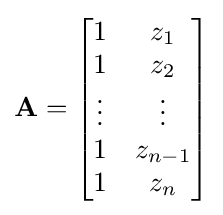
\mathbf {A} ={\begin{bmatrix}1&z_{1}\\1&z_{2}\\\vdots &\vdots \\1&z_{n-1}\\1&z_{n}\\\end{bmatrix}}